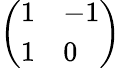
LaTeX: \left(\begin{array}{ll}{1}&{-1}\\ {1}&{0}\end{array}\right)